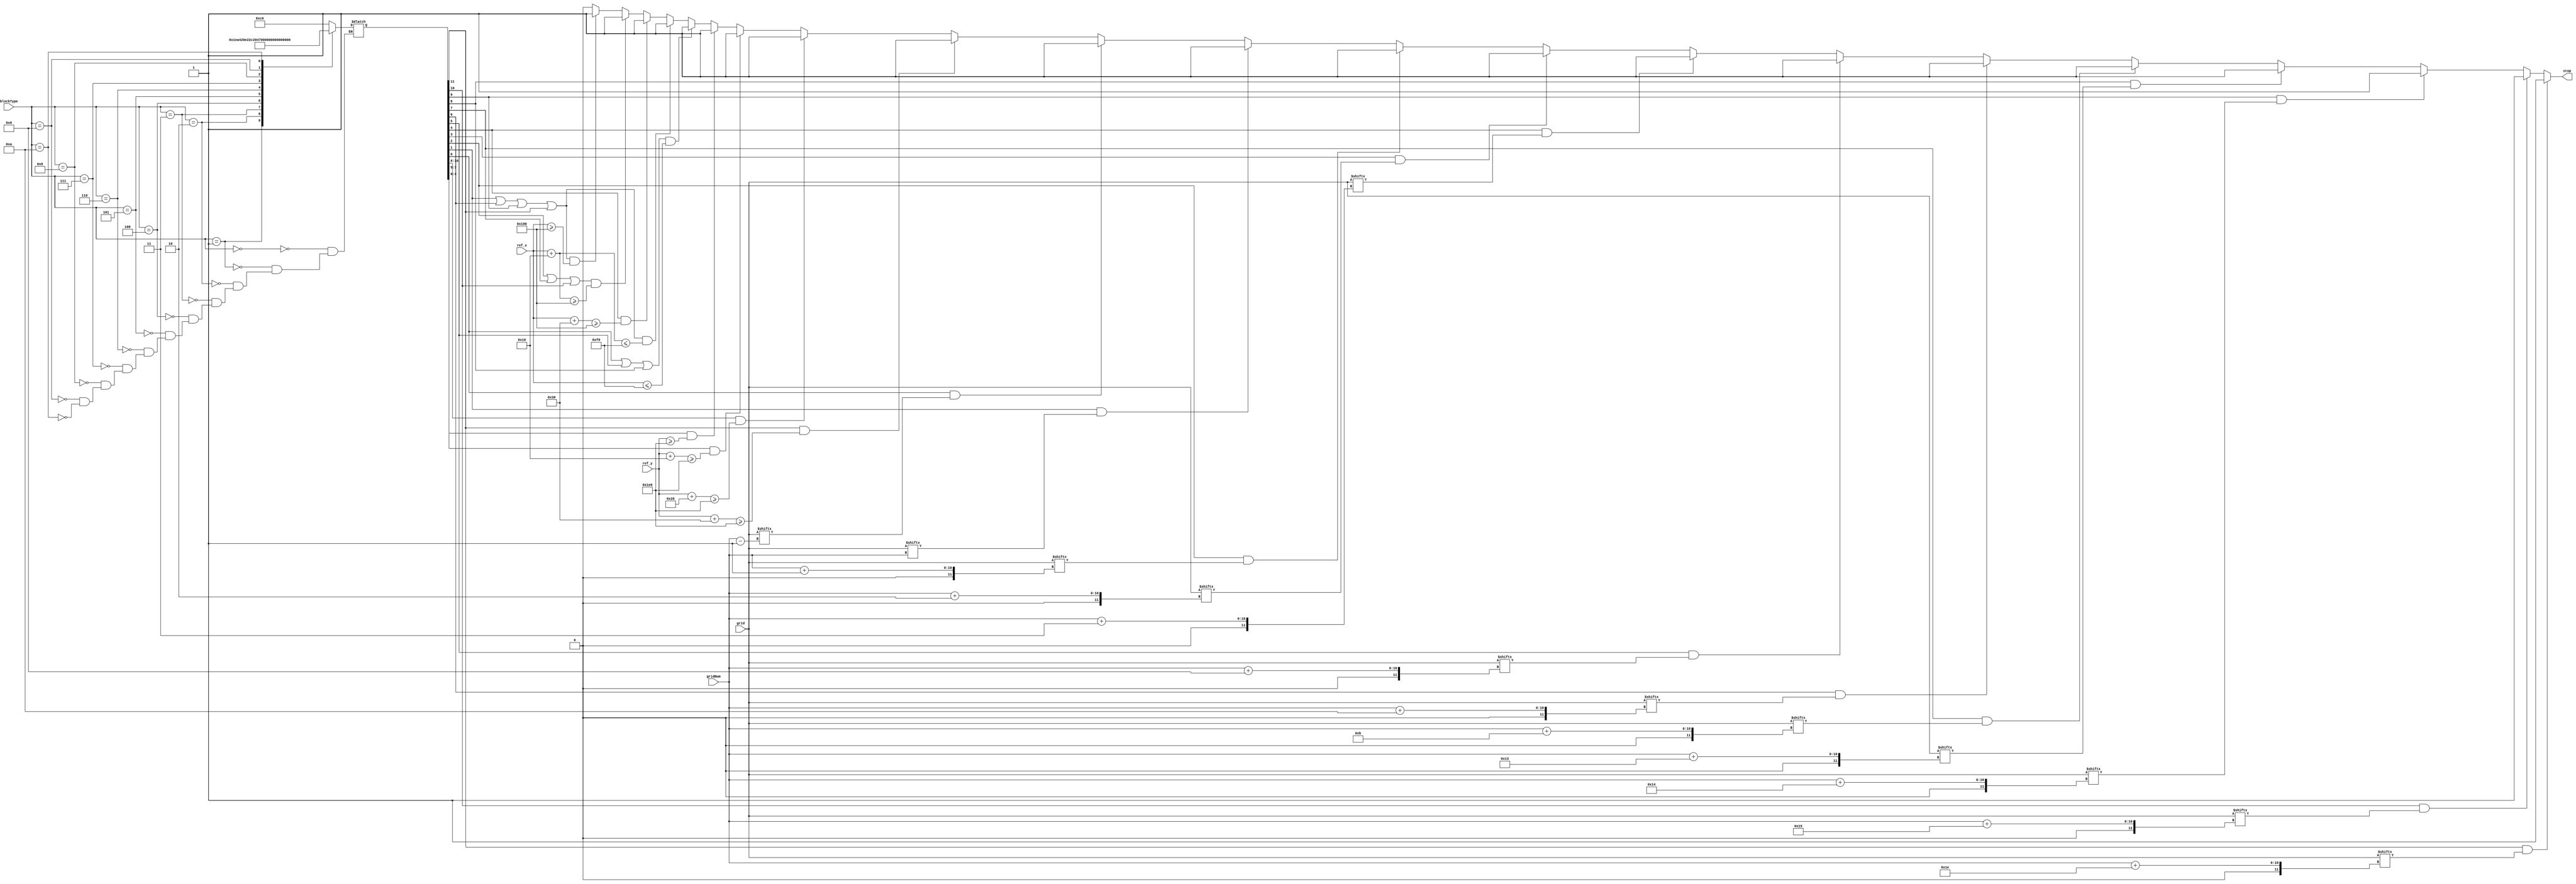
module stop_rotate(
    input  [3:0]   blockType,
    input  [9:0]   ref_x, ref_y,
    input  [9:0]   gridNum,
    input  [299:0] grid,
    output reg stop
    );

    parameter size = 16;

    reg [11:0] blockNeighbors;

    always@(*) begin
        case(blockType)
            0 : blockNeighbors = 12'h0C6;  // square
            1 : blockNeighbors = 12'h01E;  // long bar horizontal
            2 : blockNeighbors = 12'hA42;  // long bar vertical
            3 : blockNeighbors = 12'h0E2;  // Tbar face up
            4 : blockNeighbors = 12'h2C2;  // Tbar face right
            5 : blockNeighbors = 12'h047;  // Tbar face down
            6 : blockNeighbors = 12'h262;  // Tbar face left
            7 : blockNeighbors = 12'h0C3;  // ZBlock horizontal
            8 : blockNeighbors = 12'h162;  // ZBlock vertical
            9 : blockNeighbors = 12'h066;  // SBlock horizontal
            10: blockNeighbors = 12'h4C2;  // SBlock vertical
        endcase
    end

    always@(*) begin
        if     (blockNeighbors[11] && grid[gridNum+30]) stop = 1;
        else if(blockNeighbors[10] && grid[gridNum+21]) stop = 1;
        else if(blockNeighbors[9]  && grid[gridNum+20]) stop = 1;
        else if(blockNeighbors[8]  && grid[gridNum+19]) stop = 1;
        else if(blockNeighbors[7]  && grid[gridNum+11]) stop = 1;
        else if(blockNeighbors[6]  && grid[gridNum+10]) stop = 1;
        else if(blockNeighbors[5]  && grid[gridNum+9])  stop = 1;
        else if(blockNeighbors[4]  && grid[gridNum+3])  stop = 1;
        else if(blockNeighbors[3]  && grid[gridNum+2])  stop = 1;
        else if(blockNeighbors[2]  && grid[gridNum+1])  stop = 1;
        else if(blockNeighbors[1]  && grid[gridNum])    stop = 1;
        else if(blockNeighbors[0]  && grid[gridNum-1])  stop = 1;
        // down
        else if(blockNeighbors[11]   && ref_y + 3*size >= 480) stop = 1;
        else if(blockNeighbors[10:8] && ref_y + 2*size >= 480) stop = 1;
        else if(blockNeighbors[7:5]  && ref_y + 1*size >= 480) stop = 1;
        else if(blockNeighbors[4:0]  && ref_y          >= 480) stop = 1;
        // left
        else if( (blockNeighbors[0] || blockNeighbors[5] || blockNeighbors[8]) &&
            ref_x <= 240 ) stop = 1;
        else if( (blockNeighbors[1] || blockNeighbors[6] || blockNeighbors[9] || 
            blockNeighbors[11]) && ref_x + size <= 240 ) stop = 1;
        // right
        else if( blockNeighbors[4] && ref_x + 3*size >= 400) stop = 1;
        else if( (blockNeighbors[2] || blockNeighbors[7] || blockNeighbors[10])
            && ref_x + size >= 400 ) stop = 1;
        else if( (blockNeighbors[1] || blockNeighbors[6] || blockNeighbors[9] || 
            blockNeighbors[11]) && ref_x >= 400 ) stop = 1;

        else stop = 0;
    end


endmodule